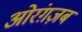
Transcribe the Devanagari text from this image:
ओरंग़ज़ब